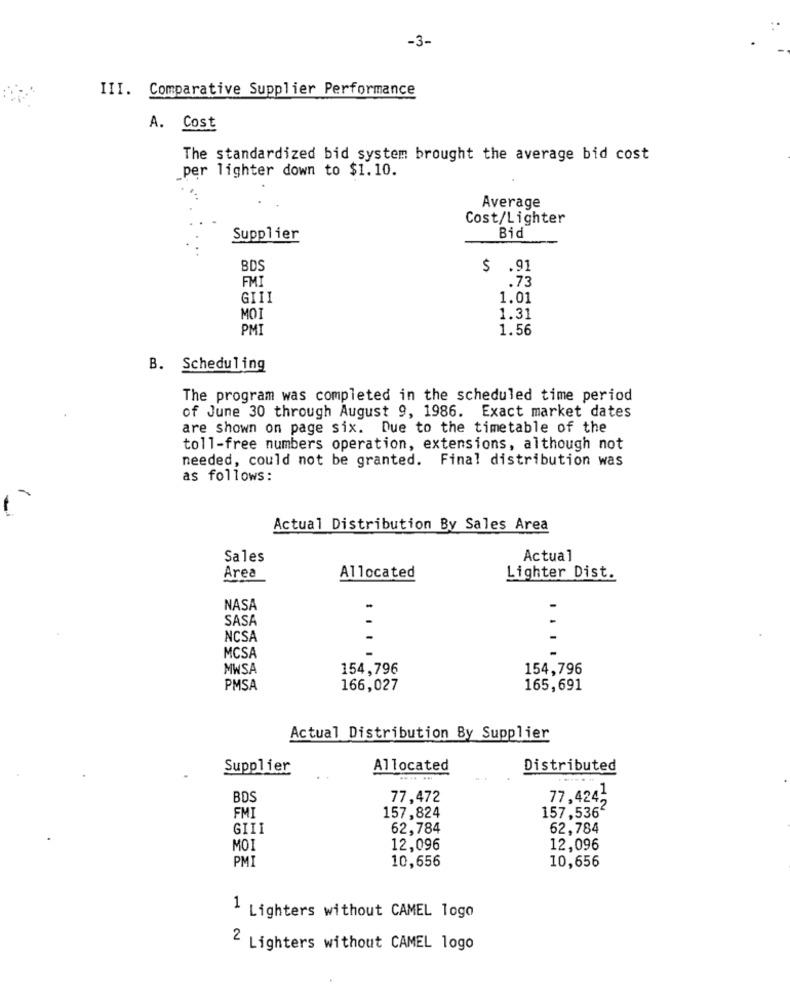
-3-
III. Comparative Supplier Performance
A. Cost
The standardized bid system brought the average bid cost
per lighter down to $1.10.
Average
Cost/Lighter
Supplier
Bid
BDS
$ .91
FMI
.73
GIII
1.01
MOI
1.31
PMI
1.56
B. Scheduling
The program was completed in the scheduled time period
of June 30 through August 9, 1986. Exact market dates
are shown on page six. Due to the timetable of the
toll-free numbers operation, extensions, although not
needed, could not be granted. Final distribution was
as follows:
Actual Distribution By Sales Area
Sales
Actual
Allocated
Area
Lighter Dist.
NASA
SASA
NCSA
MCSA
MWSA
154,796
154,796
PMSA
166,027
165,691
Actual Distribution By Supplier
Supplier
Allocated
Distributed
BDS
77,472
77,4242
FMI
157,824
157,5362
42
GIII
62,784
62,784
MOI
12,096
12,096
PMI
10,656
10,656
1 Lighters without CAMEL logo
2 Lighters without CAMEL logo